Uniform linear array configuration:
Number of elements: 32
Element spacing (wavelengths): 0.75
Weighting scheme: binomial
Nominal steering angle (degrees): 30
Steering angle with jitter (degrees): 29.07
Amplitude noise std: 0.05
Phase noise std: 0.05

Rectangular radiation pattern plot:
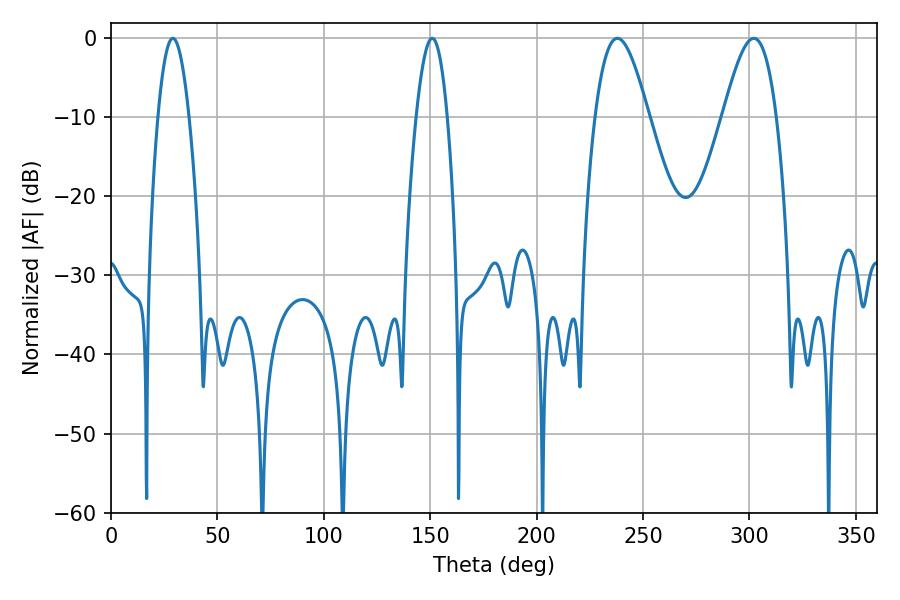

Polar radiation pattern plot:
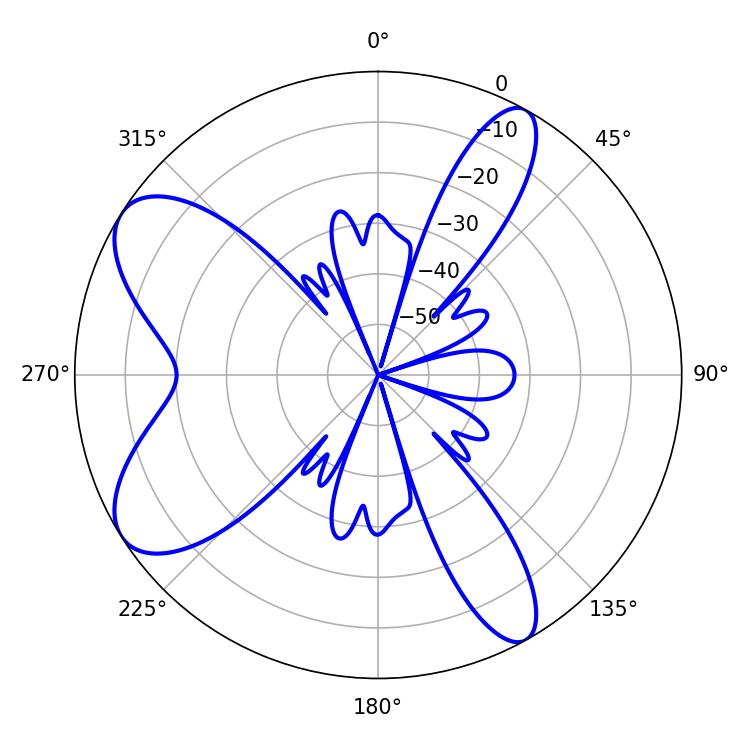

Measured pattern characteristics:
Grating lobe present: TRUE
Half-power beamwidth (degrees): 13.5
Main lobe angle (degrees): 237.96